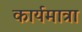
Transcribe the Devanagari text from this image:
कार्यमात्रा